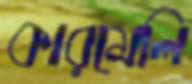
কারমেলি